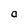
Character: a